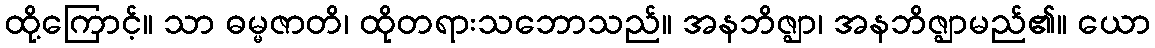
ထို့ကြောင့်။ သာ ဓမ္မဇာတိ၊ ထိုတရားသဘောသည်။ အနဘိဇ္ဈာ၊ အနဘိဇ္ဈာမည်၏။ ယော